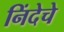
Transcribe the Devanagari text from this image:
निंदेचे